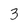
Character: 3